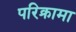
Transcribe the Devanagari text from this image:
परिक्रामा